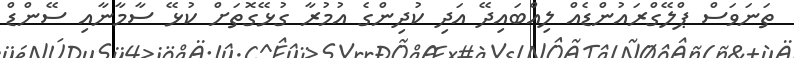
ތަނަވަސް ޕްލޭގްރައުންޑެއް ލިއްބައިދޭ އަދި ކުދިންގެ އުމުރާ ގުޅޭގޮތަށް ކުޅޭ ސާމާނާއި ސޭންޑް